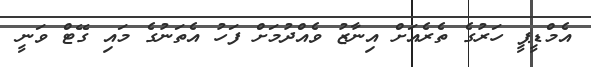
އެމްޑީޕީ ހަރުގެ ތެރެއަށް އިނާޒު ވެއްދުމަށް ފަހު އެތަނުގެ މައި ގޭޓް ވަނީ